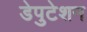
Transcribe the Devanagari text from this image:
डेपुटेशन